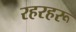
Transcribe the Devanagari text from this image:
रहरहरू